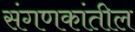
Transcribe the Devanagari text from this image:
संगणकांतील